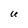
Character: u